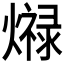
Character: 𤐠